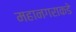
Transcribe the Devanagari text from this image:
महानगराकडे